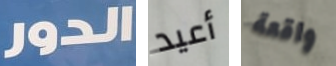
الدور أعيد واقعة